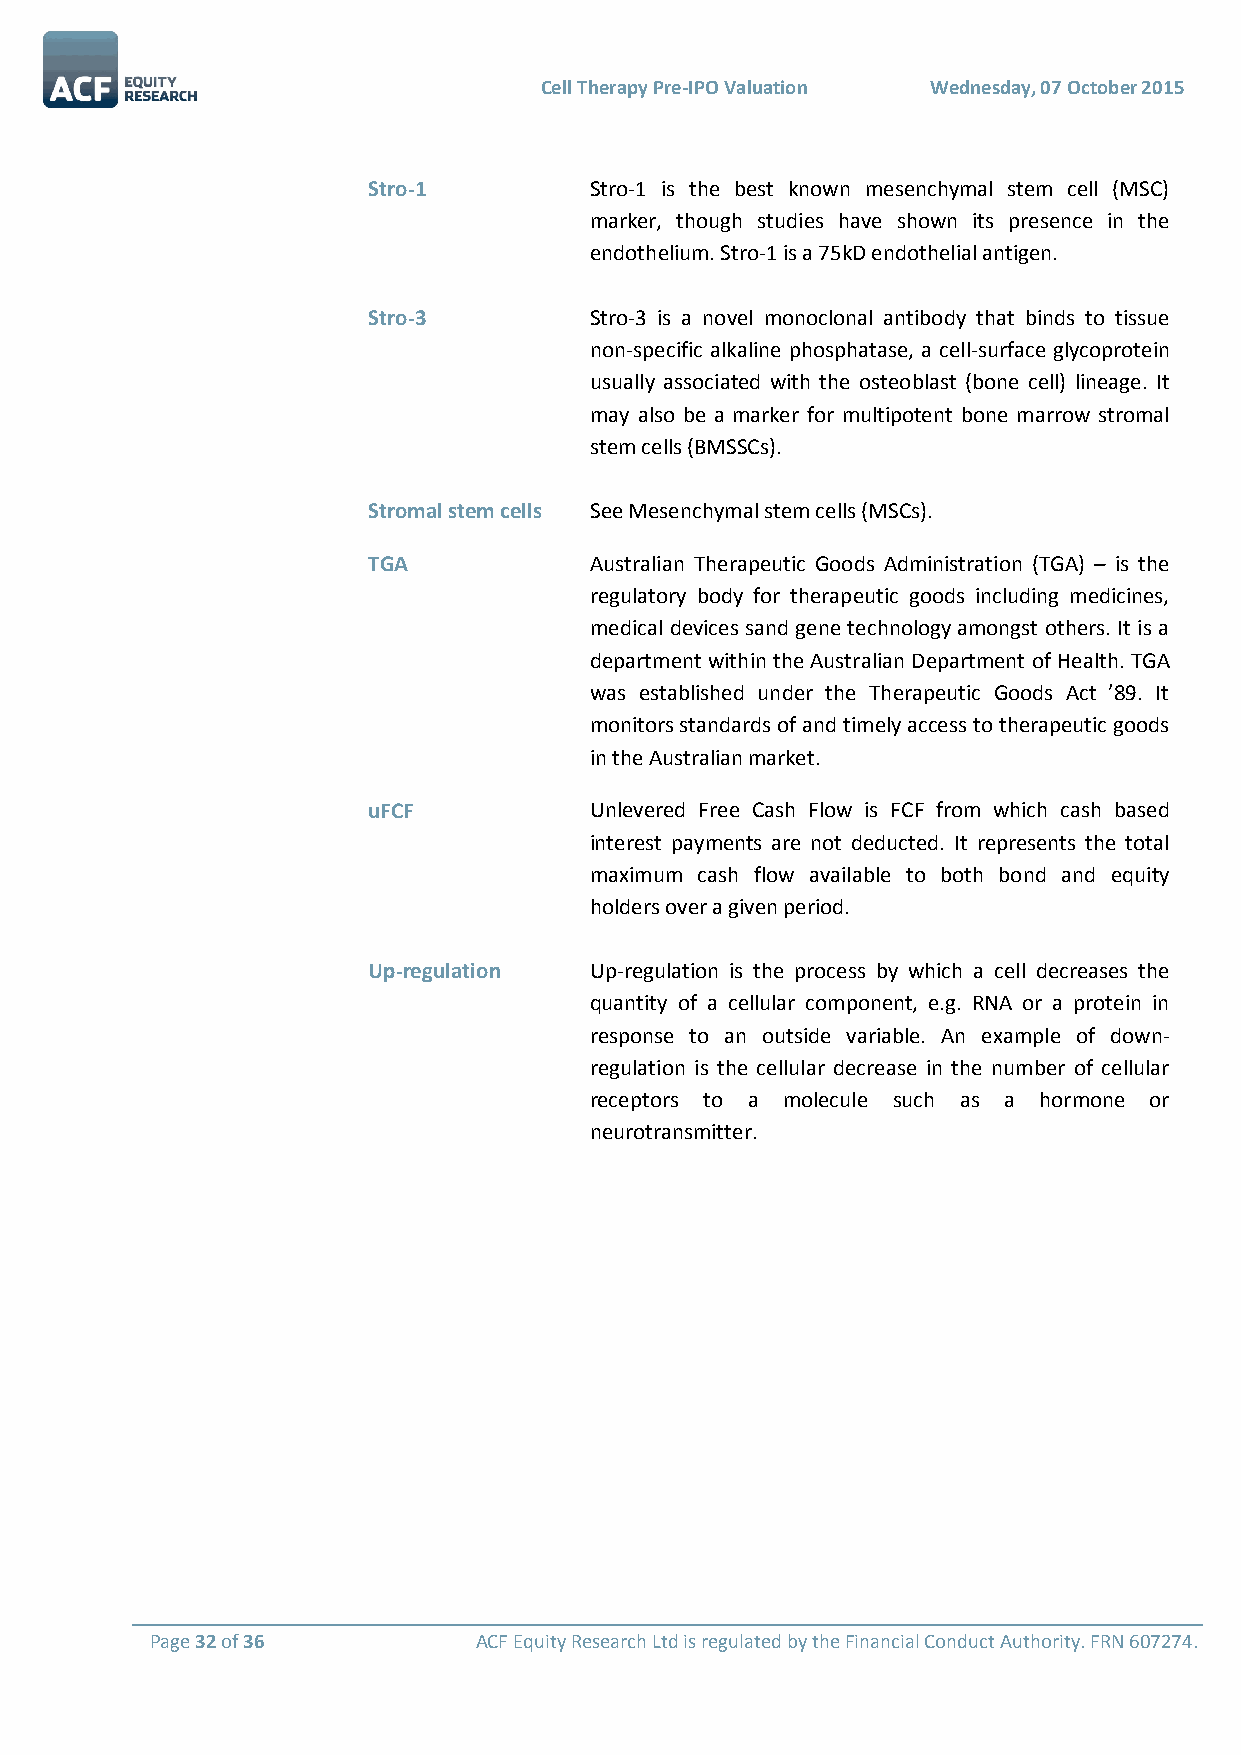
Cell Therapy Pre-IPO Valuation Wednesday, 07 October 2015
 Stro-1         Stro-1 is the best known mesenchymal stem cell (MSC)
 marker, though studies have shown its presence in the
 endothelium. Stro-1 is a 75kD endothelial antigen.
 Stro-3         Stro-3 is a novel monoclonal antibody that binds to tissue
 non-specific alkaline phosphatase, a cell-surface glycoprotein
 usually associated with the osteoblast (bone cell) lineage. It
 may also be a marker for multipotent bone marrow stromal
 stem cells (BMSSCs).
 Stromal stem cells See Mesenchymal stem cells (MSCs).
 TGA            Australian Therapeutic Goods Administration (TGA) – is the
 regulatory body for therapeutic goods including medicines,
 medical devices sand gene technology amongst others. It is a
 department within the Australian Department of Health. TGA
 was established under the Therapeutic Goods Act ’89. It
 monitors standards of and timely access to therapeutic goods
 in the Australian market.
 uFCF           Unlevered Free Cash Flow is FCF from which cash based
 interest payments are not deducted. It represents the total
 maximum cash flow available to both bond and equity
 holders over a given period.
 Up-regulation  Up-regulation is the process by which a cell decreases the
 quantity of a cellular component, e.g. RNA or a protein in
 response to an outside variable. An example of down-
 regulation is the cellular decrease in the number of cellular
 receptors to a molecule such as a hormone or
 neurotransmitter.
 Page 32 of 36        ACF Equity Research Ltd is regulated by the Financial Conduct Authority. FRN 607274.